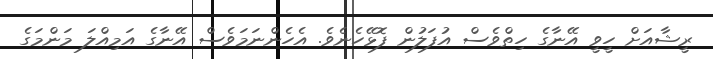
ރީޝާއަށް ހީވީ އޭނާގެ ހިތްވެސް އުފަލުން ފޮޅޭހެނެވެ. އެހެންނަމަވެސް އޭނާގެ އަމިއްލަ މަންމަގެ